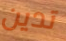
تدين